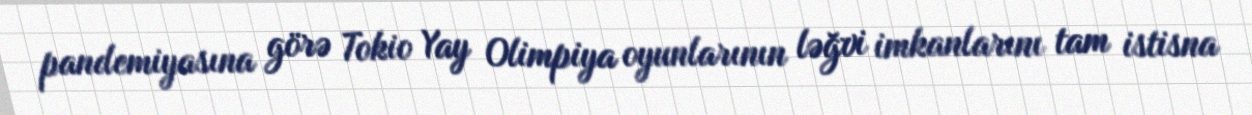
pandemiyasına görə Tokio Yay Olimpiya oyunlarının ləğvi imkanlarını tam istisna